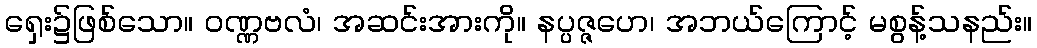
ရှေး၌ဖြစ်သော။ ဝဏ္ဏဗလံ၊ အဆင်းအားကို။ နပ္ပဇ္ဇဟေ၊ အဘယ်ကြောင့် မစွန့်သနည်း။